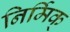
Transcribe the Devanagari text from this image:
निर्मिक्